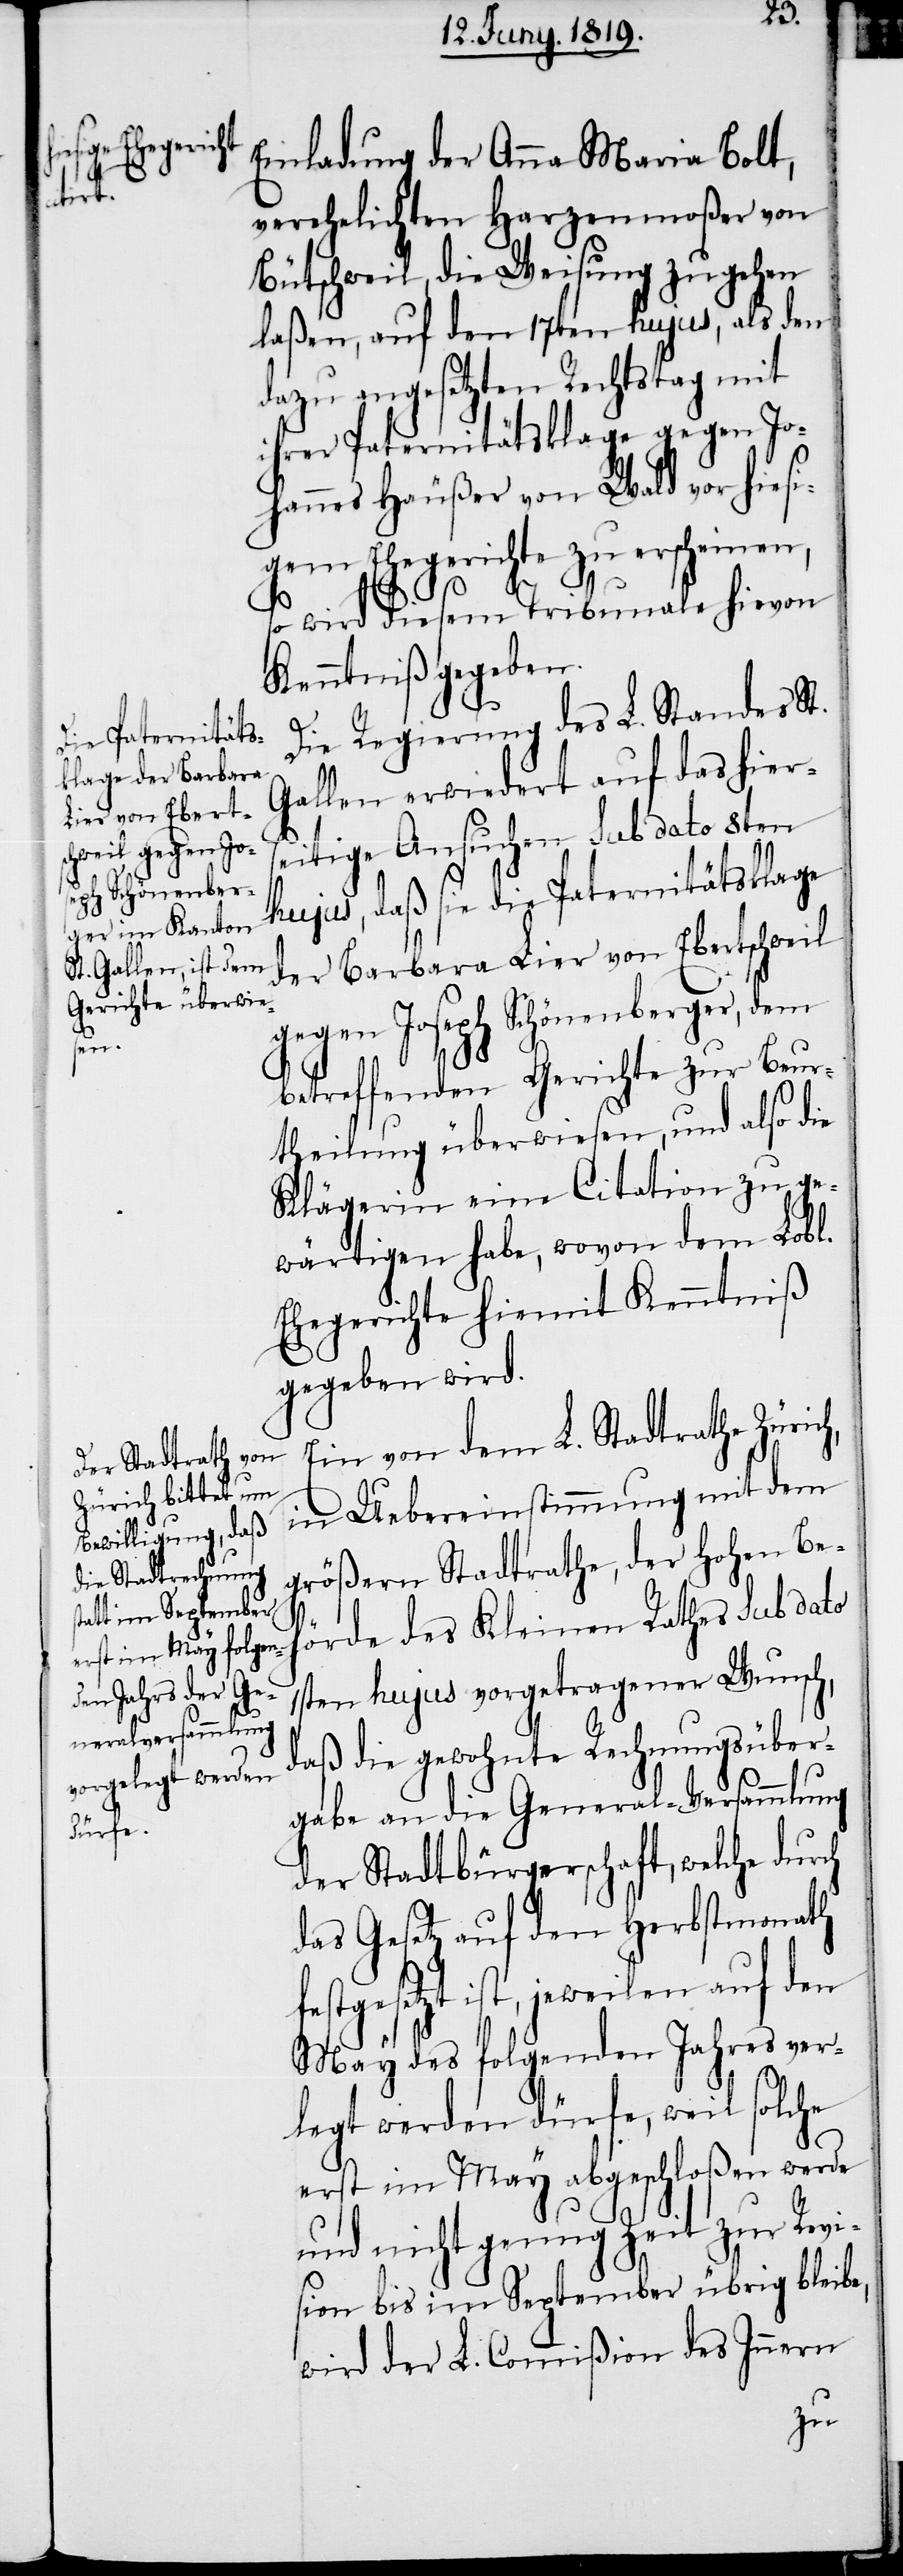
Einladung der Anna Maria Bolt,
verehelichten Harzenmoßer von
Bütschweil, die Weisung zugehen
laßen, auf den 17ten hujus, als den
dazu angesetzten Rechtstag mit
ihrer Paternitätsklage gegen Jo¬
hannes Häußer von Wald vor hiesi¬
gem Ehegerichte zu erscheinen,
so wird diesem Tribunale hievon
Kenntniß gegeben.
Die Regierung des L. Standes St.
Gallen erwiedert auf das hiers¬
eitige Ansuchen sub dato 8ten
hujus, daß sie die Paternitätsklage
der Barbara Lier von Ebertschweil
gegen Joseph Schönenberger, dem
betreffendenden Gerichte zur Beur¬
theilung überwiesen, und also die
Klägerin eine Citation zu ge¬
wärtigen habe, wovon dem Lobl.
Ehegerichte hiemit Kenntniß
gegeben wird.
Ein von dem L. Stadtrathe Zürich,
in Uebereinstimmung mit dem
größern Stadtrathe, der hohen Be¬
ch
hörde des Kleinen Rathes sub dato
1sten hujus vorgetragenen Wunsch,
daß die gewohnte Rechnungsüber¬
gabe an die General-Versammlung
der Stadtbürgerschaft, welche dur¬
das Gesetz auf den Herbstmonath
festgesetzt ist, jeweilen auf den
May des folgenden Jahres ver¬
legt werden dürfe, weil solche
erst im May abgeschloßen werde
und nicht genug Zeit zur Revi¬
sion bis im September übrig bleibe,
wird der L. Commißion des Innern